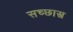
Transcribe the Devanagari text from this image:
सच्छास्त्र